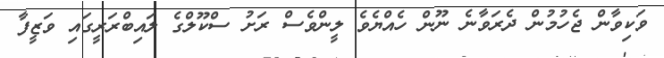
ވަކިވާން ޖެހުމުން ދެރަވާނެ ނޫން ހެއްޔެވެ ލީންވެސް ރަށު ސްކޫލްގެ ލައިބްރަރީގައި ވަޒީފާ